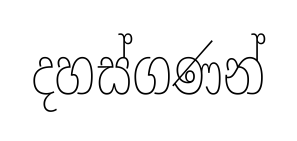
දහස්ගණන්